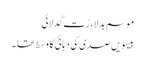
موسم بدلا ، رُت گدلائی
بیسویں صدی کی دہائی کا وسط تھا ۔